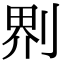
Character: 𠝹